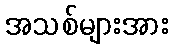
အသစ်များအား